Report on sanitation, dispensaries, and jails in Rajputana for 1914, and on vaccination for the year 1914-1915 - 1914-1915
Year: 1914
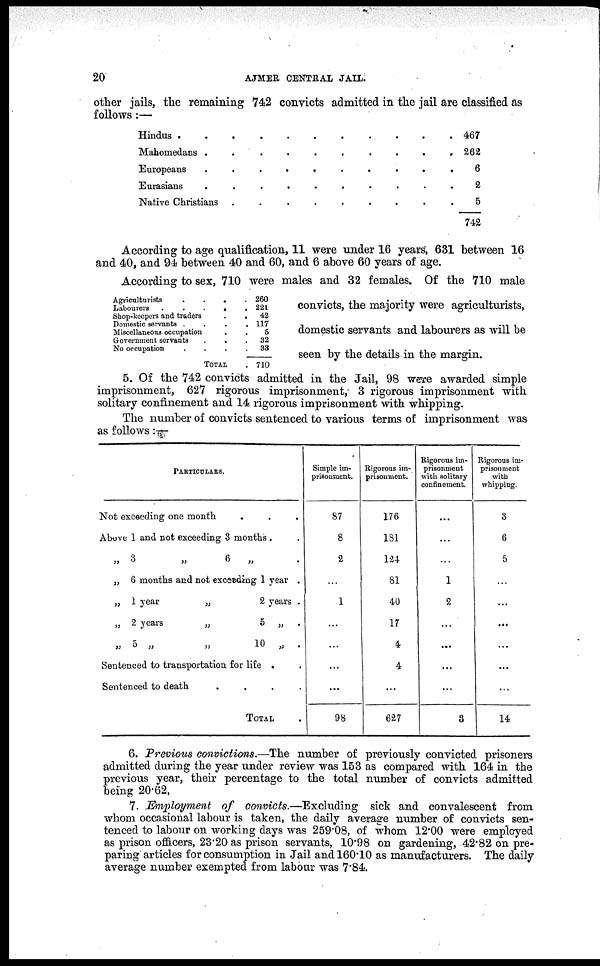
20
AJMER CENTRAL JAIL.
other jails, the remaining 742 convicts admitted in the jail are classified as
follows:—
Hindus . . . . . . . . . . .
Mahomedans . . . . . . . . . . .
Eropeans . . . . . . . . . . .
Eurasians . . . . . . . . . . .
Native Christians .
.
.
.
.
.
.
.
.
467
262
6
2
5
742
According to age qualification, 11 were under 16 years, 631 between 16
and 40, and 94 between 40 and 60, and 6 above 60 years of age.
According to sex, 710 were males and 32 females. Of the 710 male
convicts, the majority were agriculturists,
domestic servants and labourers as will be
seen by the details in the margin.
Agriculturists
.
.
.
.
Labourers
. . . . .
Shop-keepers and traders
. .
Domestic servants . . . .
Miscellaneous occupation . .
Government servants
. . .
No occupation
.
.
.
.
TOTAL .
260
221
42
117
5
32
38
710
5. Of the 742 convicts admitted in the Jail, 98 were awarded simple
imprisonment, 627 rigorous imprisonment, 3 rigorous imprisonment with
solitary confinement and 14 rigorous imprisonment with whipping.
The number of convicts sentenced to various terms of imprisonment was
as follows:—
PARTICULARS.
Not excceding one month . . .
Above 1 and not exceeding 3 months . .
„ 3
„
6
„ .
„ 6 months and not excceding 1 year .
„ 1 year
„
2 years .
„ 2 years
„
5 „ .
„ 5 „
„
10 „ .
Sentenced to transportation for life . .
Sentenced to death
.
.
.
.
TOTAL .
Simple im-
prisonment.
87
8
2
...
1
...
...
...
...
98
Rigorous im-
prisonment.
176
181
124
81
40
17
4
4
...
627
Rigorous im-
prisonment
with solitary
confinement.
...
...
...
1
2
...
...
...
...
3
Rigorous im-
prisonment
with
whipping.
3
6
5
...
...
...
...
...
...
14
6. Previous convictions.—The number of previously convicted prisoners
admitted during the year under review was 153 as compared with 164 in the
P revious year, their percentage to the total number of convicts admitted
being 20.62.
7. Employment of convicts.—Excluding
sick and convalescent from
whom occasional labour is taken, the daily average number of convicts sen-
tenced to labour on working days was 259.08, of whom 12.00 were employed
as prison officers, 23.20 as prison servants, 10.98 on gardening, 42.82 on pre-
paring articles for consumption in Jail and 160.10 as manufacturers. The daily
average number exempted from labour was 7.84.